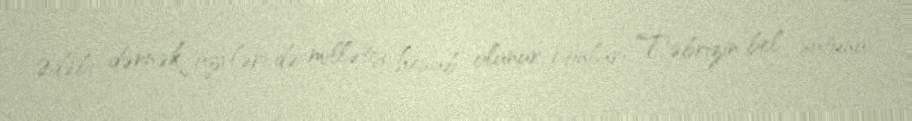
Ədəbi dərnək üzvləri də millətçi hesab olunur, (onları Təbrizin bel sütunu